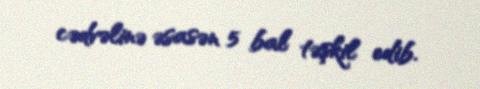
cədvəlinə əsasən 5 bal təşkil edib.